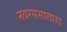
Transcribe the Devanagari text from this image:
नवरससातारा